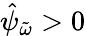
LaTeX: \hat{\psi}_{\tilde{\omega}}>0